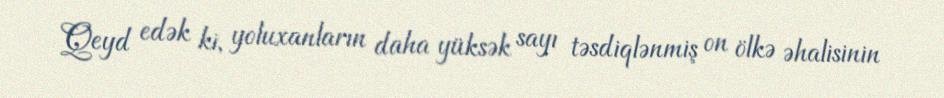
Qeyd edək ki, yoluxanların daha yüksək sayı təsdiqlənmiş on ölkə əhalisinin